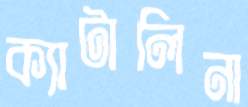
ক্যাটালিনা